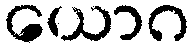
ယောဂ